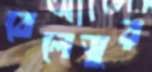
বেলেভুর